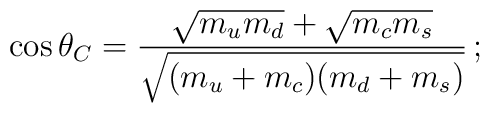
\cos\theta_C=\frac{\sqrt{m_um_d}+\sqrt{m_cm_s}}                  {\sqrt{(m_u+m_c)(m_d+m_s)}}\, ;